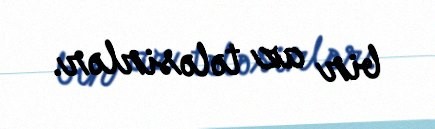
bir az tələsirlər.